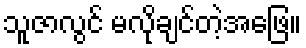
သူဇာလွင် မလိုချင်တဲ့အဖြေ။